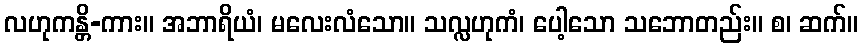
လဟုကန္တိ-ကား။ အဘာရိယံ၊ မလေးလံသော။ သလ္လဟုကံ၊ ပေါ့သော သဘောတည်း။ စ၊ ဆက်။